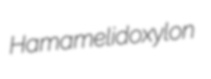
Hamamelidoxylon